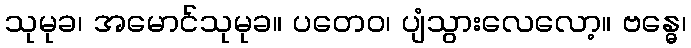
သုမုခ၊ အမောင်သုမုခ။ ပတေဝ၊ ပျံသွားလေလော့။ ဗန္ဓေ၊